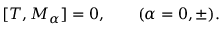
[ T , M _ { \alpha } ] = 0 , \qquad ( \alpha = 0 , \pm ) .